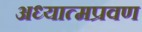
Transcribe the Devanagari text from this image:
अध्यात्मप्रवण